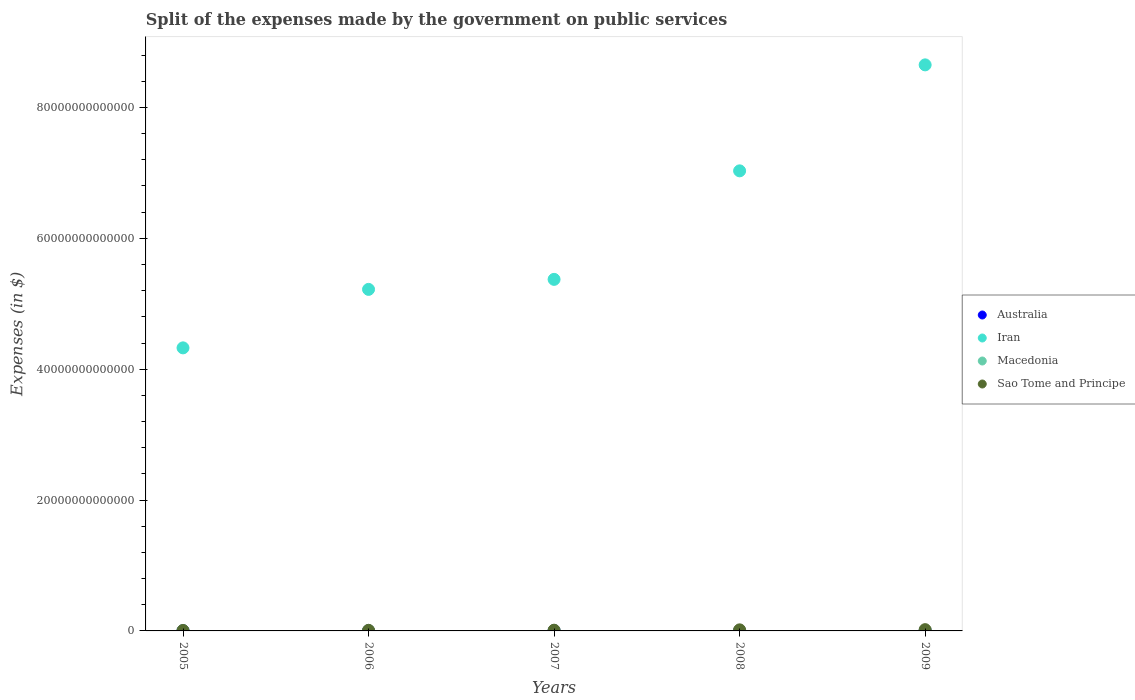
| Years | Australia | Iran | Macedonia | Sao Tome and Principe |
 | --- | --- | --- | --- | --- |
 | 2005 | 2.42e+10 | 4.33e+13 | 2.57e+10 | 6.62e+10 |
 | 2006 | 2.6e+10 | 5.22e+13 | 2.65e+10 | 9.07e+10 |
 | 2007 | 2.94e+10 | 5.37e+13 | 2.84e+10 | 1.12e+11 |
 | 2008 | 3.09e+10 | 7.03e+13 | 1.87e+10 | 1.64e+11 |
 | 2009 | 3.31e+10 | 8.65e+13 | 1.62e+10 | 1.95e+11 |